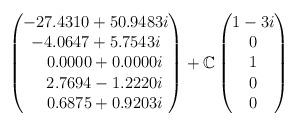
LaTeX: \begin{align*}\begin{pmatrix} -27.4310 +50.9483i \\ -4.0647 + 5.7543i \\ \hphantom{-.}0.0000 + 0.0000i \\ \hphantom{-.}2.7694 - 1.2220i \\ \hphantom{-.}0.6875 + 0.9203i\end{pmatrix}+ \mathbb{C}\begin{pmatrix} 1-3i \\0 \\1 \\0 \\0\end{pmatrix}\end{align*}